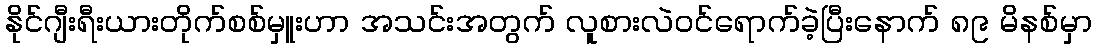
နိုင်ဂျီးရီးယားတိုက်စစ်မှူးဟာ အသင်းအတွက် လူစားလဲဝင်ရောက်ခဲ့ပြီးနောက် ၈၉ မိနစ်မှာ